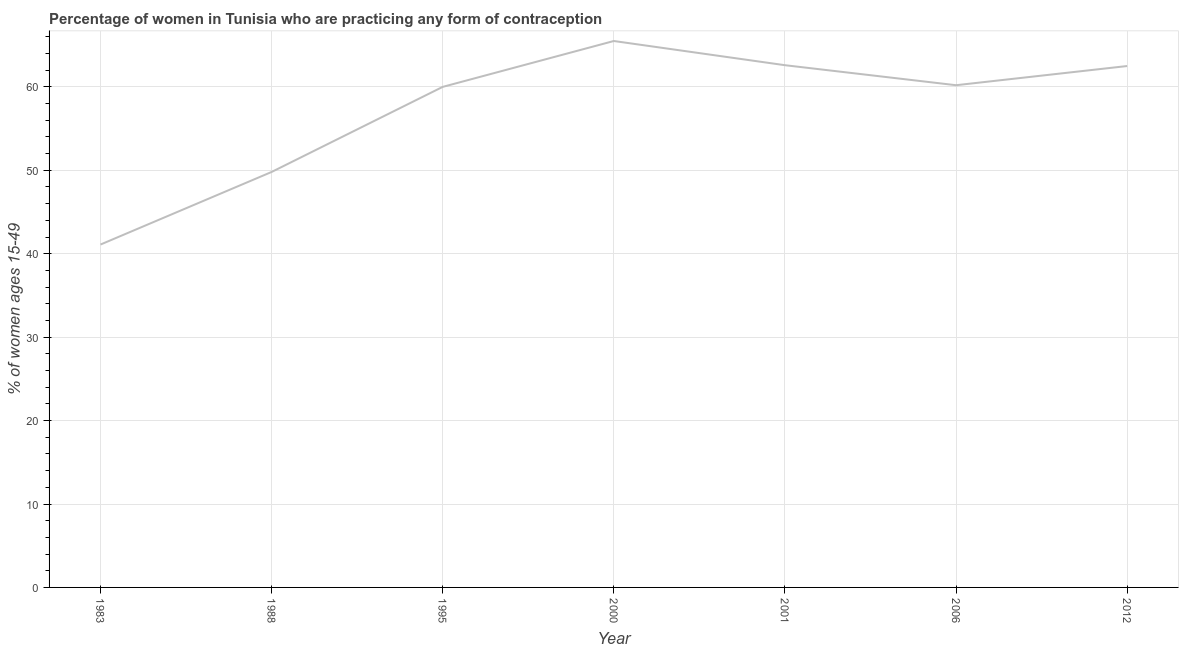
| Year | Contraceptive prevalence |
 | --- | --- |
 | 1983 | 41.1 |
 | 1988 | 49.8 |
 | 1995 | 60 |
 | 2000 | 65.5 |
 | 2001 | 62.6 |
 | 2006 | 60.2 |
 | 2012 | 62.5 |